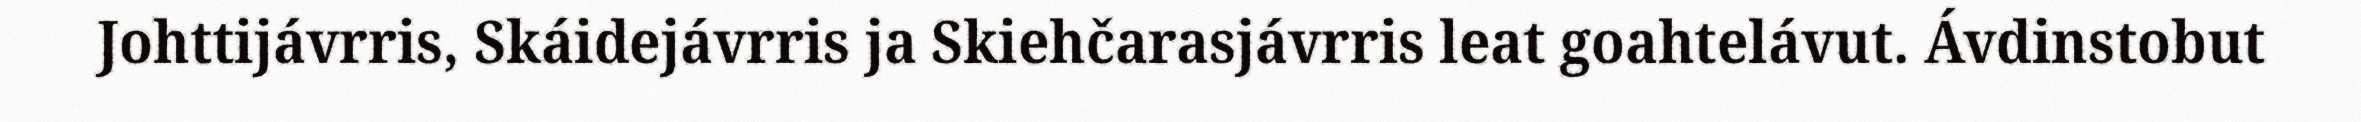
Johttijávrris, Skáidejávrris ja Skiehčarasjávrris leat goahtelávut. Ávdinstobut